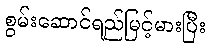
စွမ်းဆောင်ရည်မြင့်မားပြီး